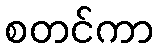
စတင်ကာ